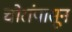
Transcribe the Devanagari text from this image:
चोरांपासून